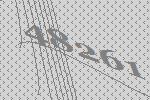
48261